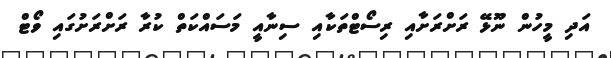
އަދި މީހުން ނޫޅޭ ރަށްރަށާއި ރިސޯޓްތަކާއި ސިނާއީ މަސައްކަތް ކުރާ ރަށްރަށުގައި ވޯޓް